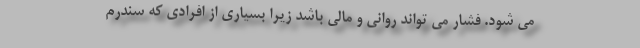
می شود. فشار می تواند روانی و مالی باشد زیرا بسیاری از افرادی که سندرم